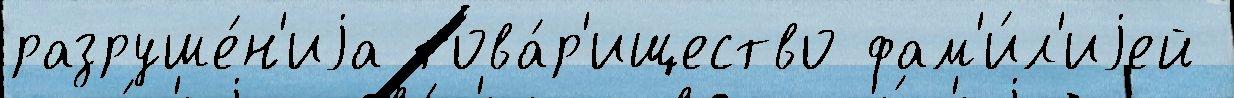
разруше́н'иjа това́р'ищество фам'и́л'иjей